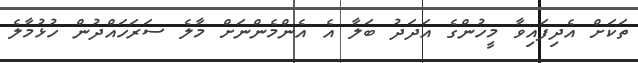
ތަކަށް އެދިފައިވާ މީހުންގެ އަދަދު ބަލާ އެ އެންމެންނަށް މާލެ ސަރަހައްދުން ހުޅުމާލެ